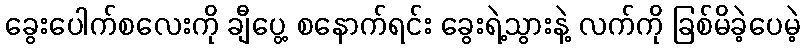
ခွေးပေါက်စလေးကို ချီပွေ့ စနောက်ရင်း ခွေးရဲ့သွားနဲ့ လက်ကို ခြစ်မိခဲ့ပေမဲ့